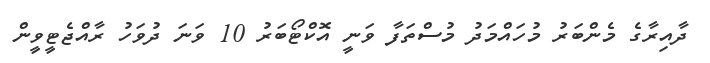
ދާއިރާގެ މެންބަރު މުހައްމަދު މުސްތަފާ ވަނީ އޮކްޓޯބަރު 10 ވަނަ ދުވަހު ރާއްޖެޓީވީން